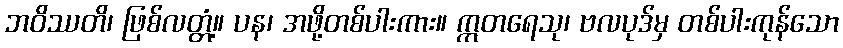
ဘဝိဿတိ၊ ဖြစ်လတ္တံ့။ ပန၊ အဖို့တစ်ပါးကား။ ဣတရေသု၊ ဗလပုဒ်မှ တစ်ပါးကုန်သော